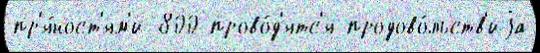
пр'я́ност'ям'и 800 прово́д'ятс'я продово́льств'иjа